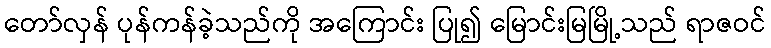
တော်လှန် ပုန်ကန်ခဲ့သည်ကို အကြောင်း ပြု၍ မြောင်းမြမြို့သည် ရာဇဝင်